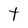
Character: t